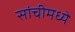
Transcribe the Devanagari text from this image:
सांचीमध्ये